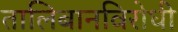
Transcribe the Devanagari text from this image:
तालिबानविरोधी